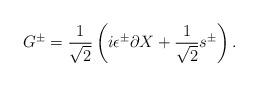
LaTeX: \begin{align*} G^\pm = {1\over\sqrt2} \left( i \epsilon^\pm \partial X+ {1\over\sqrt2} s^\pm \right) .\end{align*}